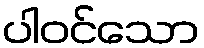
ပါဝင်သော